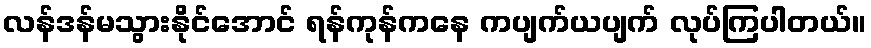
လန်ဒန်မသွားနိုင်အောင် ရန်ကုန်ကနေ ကပျက်ယပျက် လုပ်ကြပါတယ်။